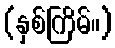
(နှစ်ကြိမ်။)